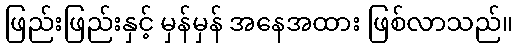
ဖြည်းဖြည်းနှင့် မှန်မှန် အနေအထား ဖြစ်လာသည်။